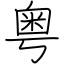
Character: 粤